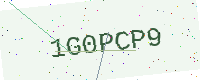
Text: 1G0PCP9